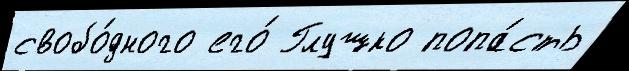
свобо́дного его́ Глушко попа́сть